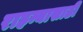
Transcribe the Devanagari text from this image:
राहन्यासाठी